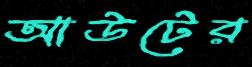
আউটের